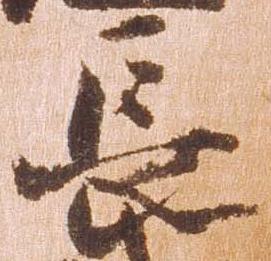
長